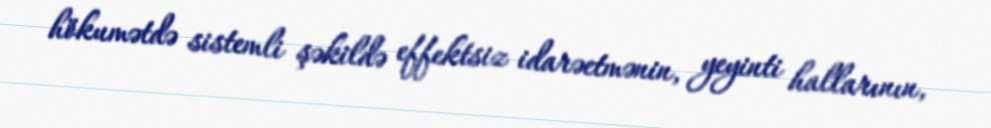
hökumətdə sistemli şəkildə effektsiz idarəetmənin, yeyinti hallarının,